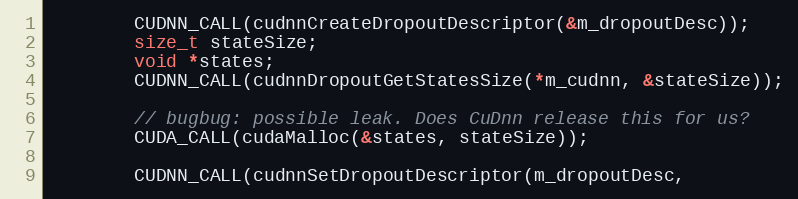
Language: C
        CUDNN_CALL(cudnnCreateDropoutDescriptor(&m_dropoutDesc));
        size_t stateSize;
        void *states;
        CUDNN_CALL(cudnnDropoutGetStatesSize(*m_cudnn, &stateSize));

        // bugbug: possible leak. Does CuDnn release this for us?
        CUDA_CALL(cudaMalloc(&states, stateSize));

        CUDNN_CALL(cudnnSetDropoutDescriptor(m_dropoutDesc,